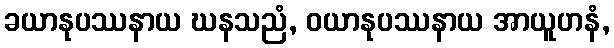
ခယာနုပဿနာယ ဃနသညံ, ဝယာနုပဿနာယ အာယူဟနံ,